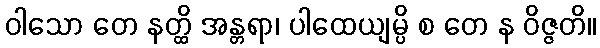
ဝါသော တေ နတ္ထိ အန္တရာ၊ ပါထေယျမ္ပိ စ တေ န ဝိဇ္ဇတိ။